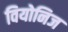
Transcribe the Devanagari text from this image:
वियोनिज